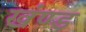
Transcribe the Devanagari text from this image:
खंण्ड